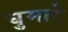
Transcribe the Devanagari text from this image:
घुमारे